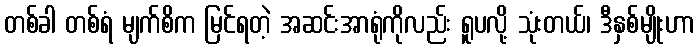
တစ်ခါ တစ်ရံ မျက်စိက မြင်ရတဲ့ အဆင်းအာရုံကိုလည်း ရူပလို့ သုံးတယ်၊ ဒီနှစ်မျိုးဟာ